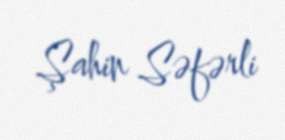
Şahin Səfərli